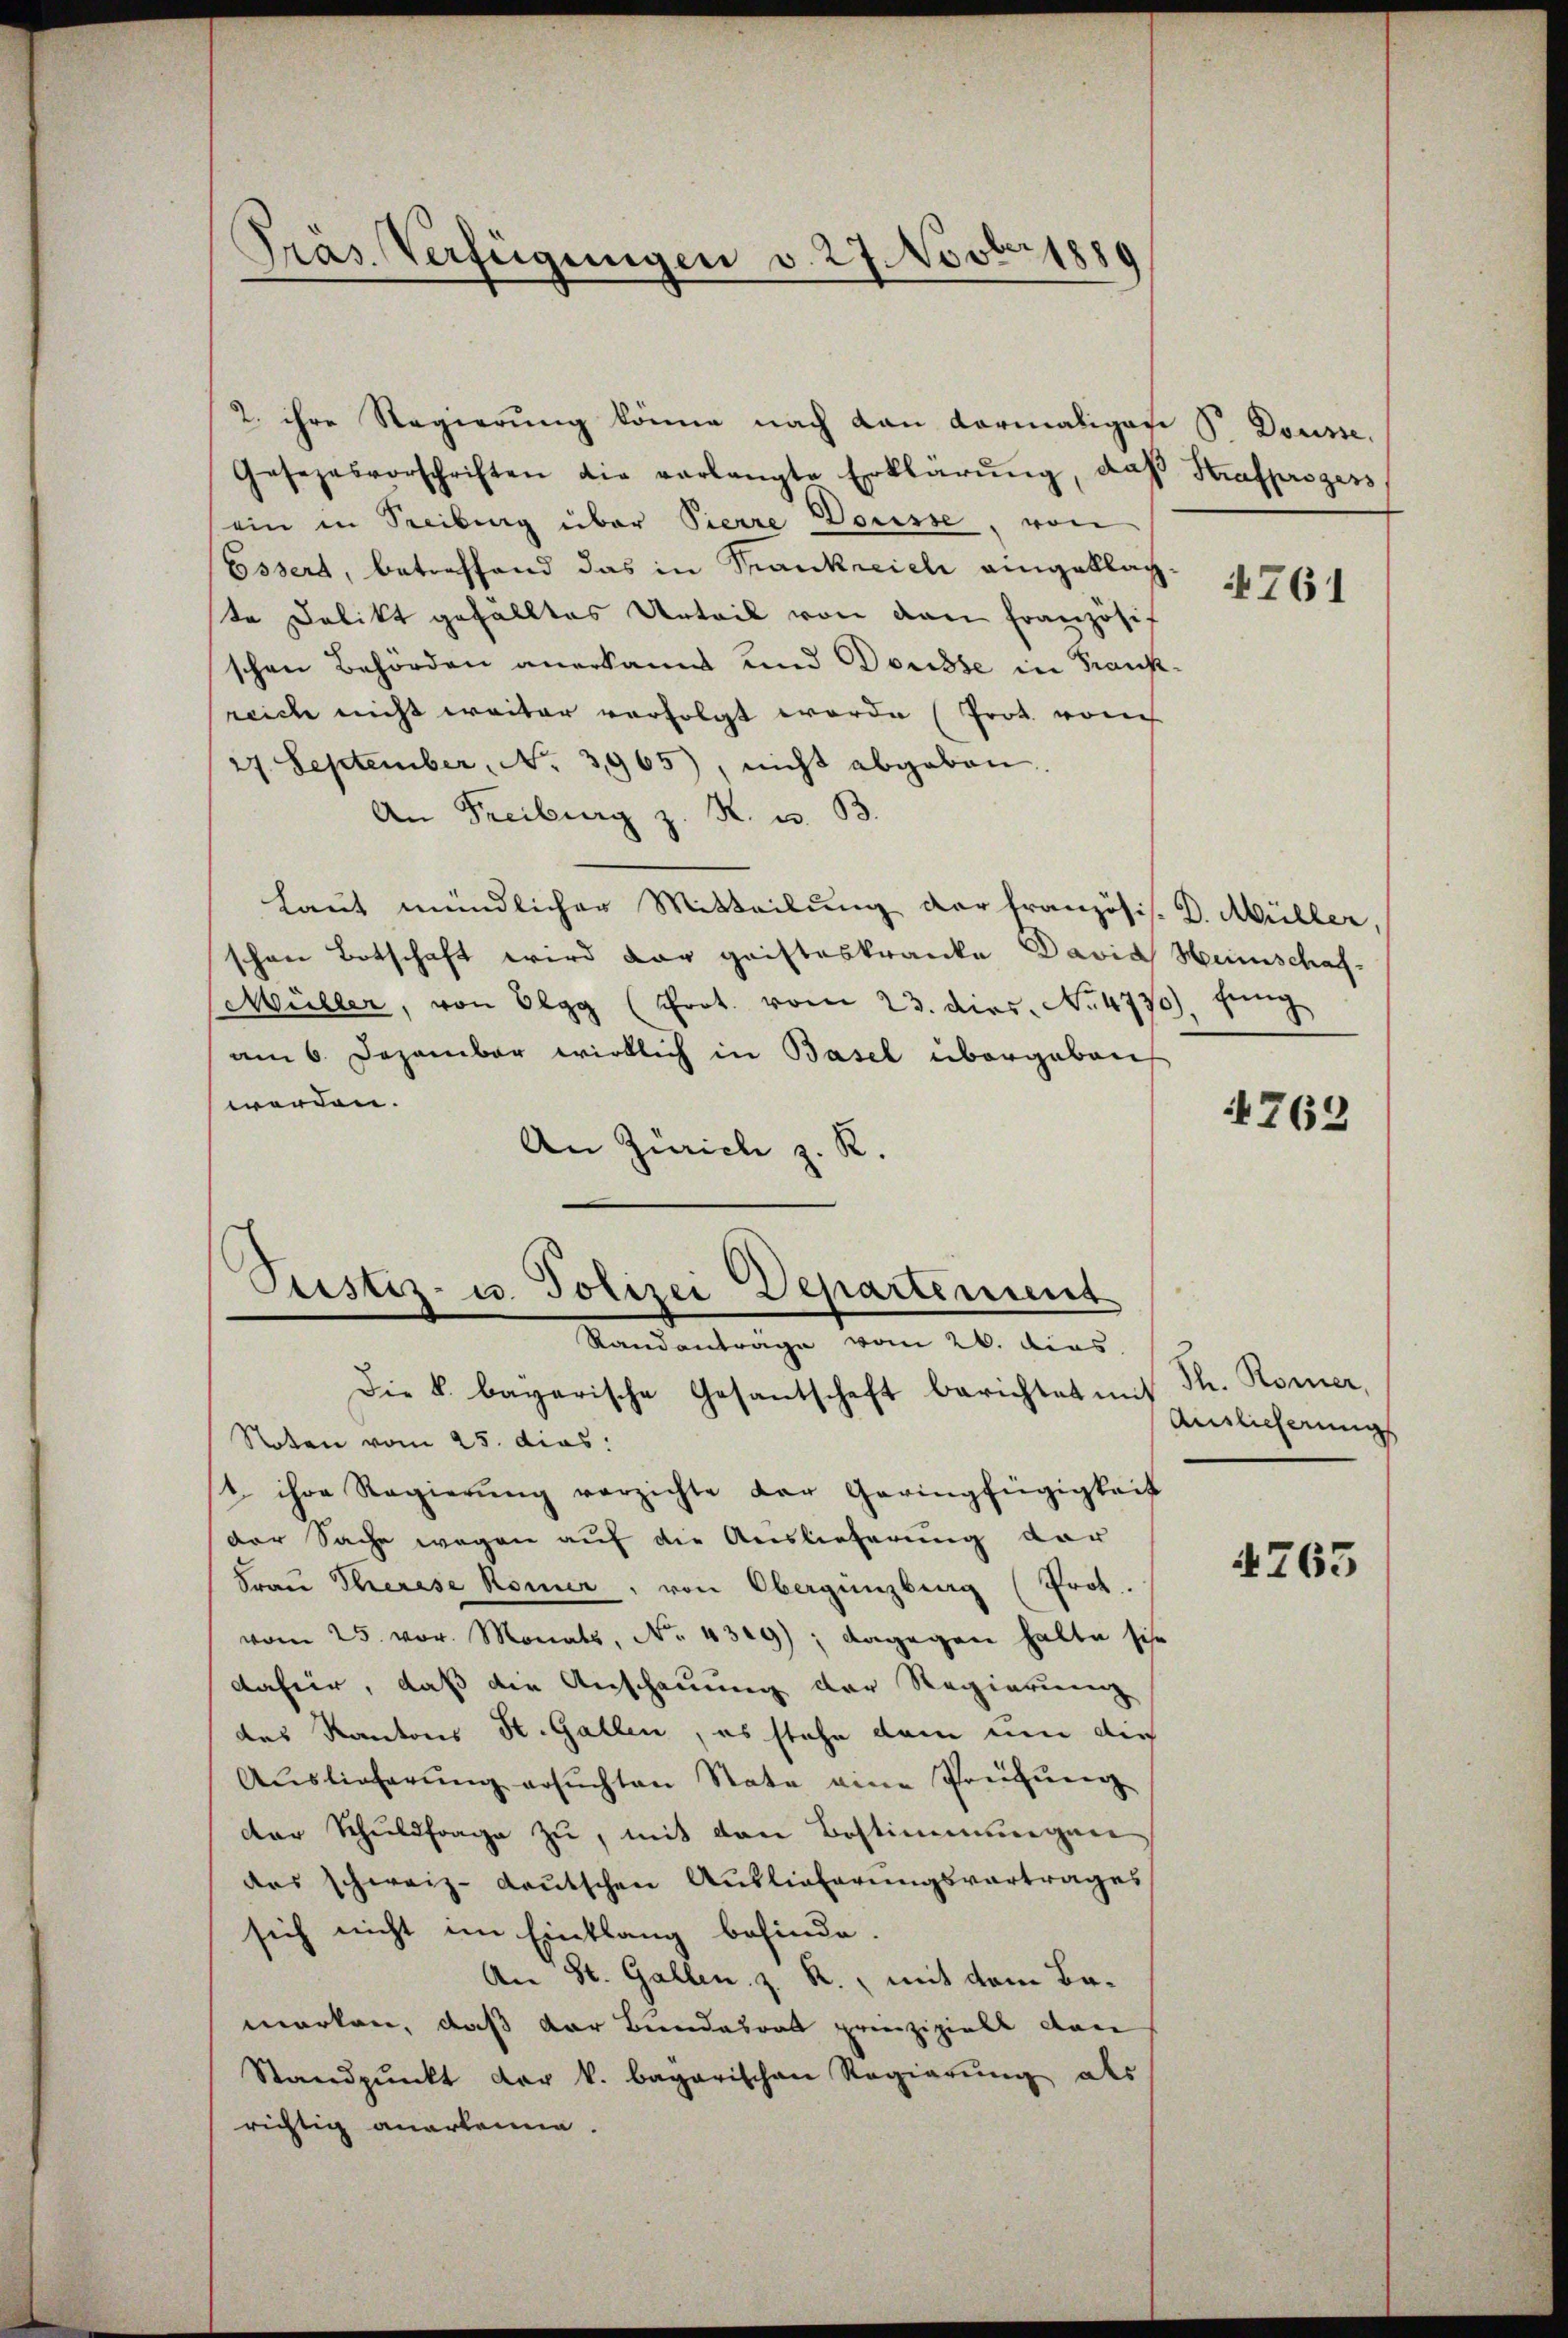
Präs. Verfügungen v. 27. Novbr 1880

2. ihre Regierung könne nach dan Formaliges P. Dousse.
Gesezesvorschriften die verlangte Erklärŭng, daß Strafprozess
ein in Steibung über Pierre Dousse, von
Ossert, betreffend das in Frankreich eingeklagte Delikt gefälltes Urteil von den Französif
schen Behörden anerkannt und Dousse in Frank-
reiche nicht weiter verfolgt worde (Prot. von
27. September, No. 3965), nicht abgeben.
An Freiburg z. R. u. B.
laut mündlicher Mitteilung der Französis. D. Müller,
schon Botschaft wird der grifteskranke David Heinschaf¬
Müller, von Elgg (Prot. vom 23. dies. No. 4770), jüng
am 6. Dezember wirklich in Basel übergaben
werden.
An Zürich z. R.
Die k. bagarische Gesantschaft berichtet mit
Noten vom 25. dies
1. ihre Regierŭng verzichte der Geringfügigkeit
der Sache wegen auf die Auslieferung dar
Frau Therese Römer, von Obergenzburg (Prot.
vom 25. vor. Monats, No 1309); dagegen halte sie
dafür, daß die Anschauung der Regierung
des Kantons St. Gallen, es stehe dem um die
Auslieferŭng ersŭchten State eine Prüfung
der Schuldfrage zu, mit den Bestimmungen
das schweiz. Lautschen Auslieferungsvertrages
sich nicht im Einklang befinde.
An St. Gallen z. R., mit dem Bamarken, daß der Bundesrat prinzipielt dan
Standpŭnkt der k. bagarischen Regierŭng als
richtig anerkenne.

Pristiz- u. Polizei Departement
Randanträge vom 26. dies

1761

4762

Th. Römer,
Auslieferung

4765